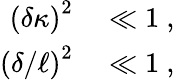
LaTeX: \begin{array}{rl}{\left(\delta\kappa\right)^{2}}&{{}\ll 1~,}\\ {\left(\delta/\ell\right)^{2}}&{{}\ll 1~,}\end{array}